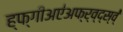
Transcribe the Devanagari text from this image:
ह्फ्गीअए॑अफ्र्व्द्स्व्॑